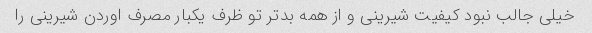
خیلی جالب نبود کیفیت شیرینی و از همه بدتر تو ظرف یکبار مصرف اوردن شیرینی را